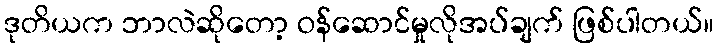
ဒုတိယက ဘာလဲဆိုတော့ ဝန်ဆောင်မှုလိုအပ်ချက် ဖြစ်ပါတယ်။